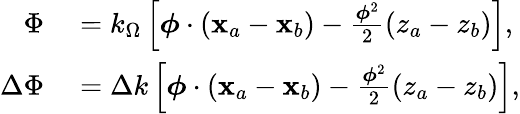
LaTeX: \begin{array}{rl}{\Phi}&{{}=k_{\Omega}\left[\boldsymbol{\phi}\cdot\left(\mathbf{x}_{a}-\mathbf{x}_{b}\right)-\frac{\boldsymbol{\phi}^{2}}{2}\left(z_{a}-z_{b}\right)\right],}\\ {\Delta\Phi}&{{}=\Delta k\left[\boldsymbol{\phi}\cdot\left(\mathbf{x}_{a}-\mathbf{x}_{b}\right)-\frac{\boldsymbol{\phi}^{2}}{2}\left(z_{a}-z_{b}\right)\right],}\end{array}